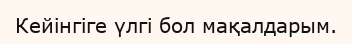
Кейінгіге үлгі бол мақалдарым.